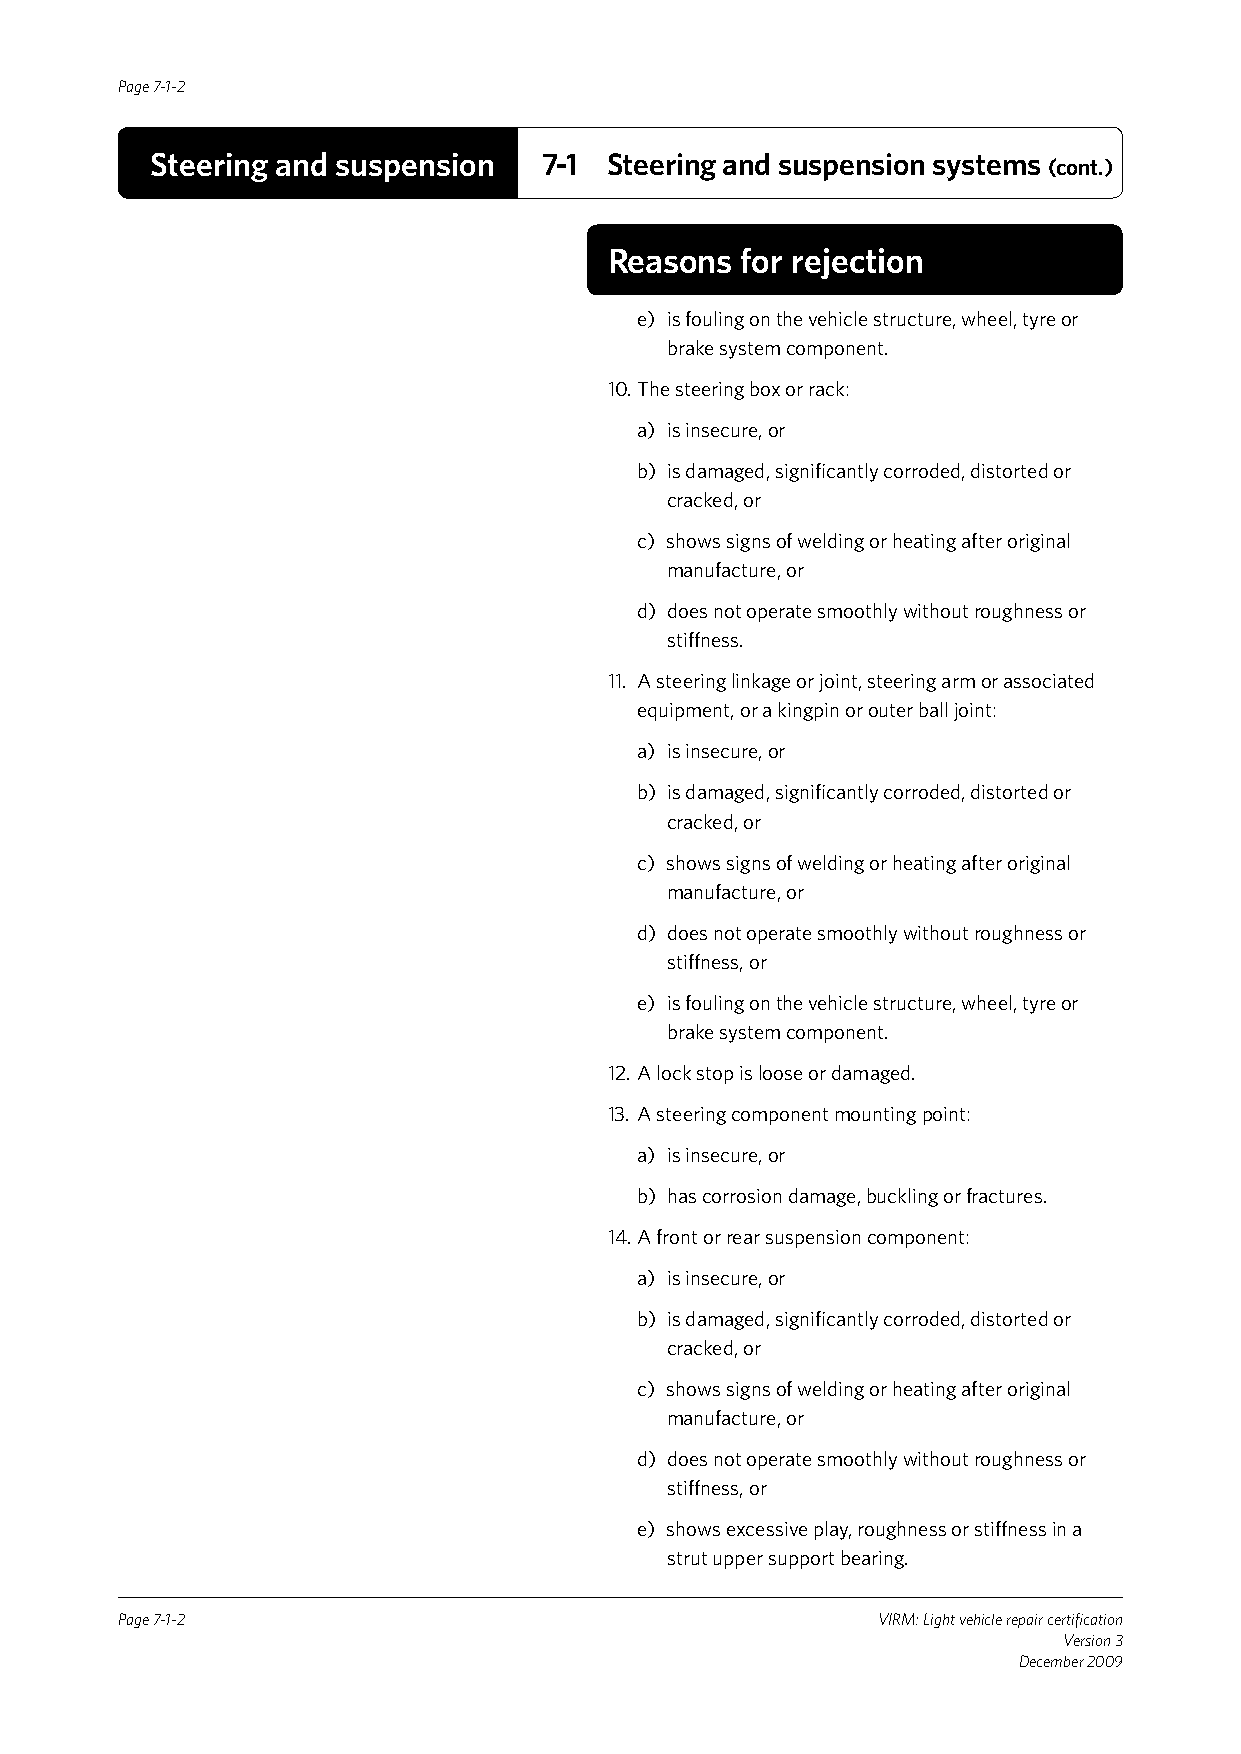
Page 7-1-2
 Steering and suspension   7-1 Steering and suspension systems (cont.)
 Reasons  for rejection
 e) is fouling on the vehicle structure, wheel, tyre or
 brake system component.
 10. The steering box or rack:
 a) is insecure, or
 b) is damaged, significantly corroded, distorted or
 cracked, or
 c) shows signs of welding or heating after original
 manufacture, or
 d) does not operate smoothly without roughness or
 stiffness.
 11. A steering linkage or joint, steering arm or associated
 equipment, or a kingpin or outer ball joint:
 a) is insecure, or
 b) is damaged, significantly corroded, distorted or
 cracked, or
 c) shows signs of welding or heating after original
 manufacture, or
 d) does not operate smoothly without roughness or
 stiffness, or
 e) is fouling on the vehicle structure, wheel, tyre or
 brake system component.
 12. A lock stop is loose or damaged.
 13. A steering component mounting point:
 a) is insecure, or
 b) has corrosion damage, buckling or fractures.
 14. A front or rear suspension component:
 a) is insecure, or
 b) is damaged, significantly corroded, distorted or
 cracked, or
 c) shows signs of welding or heating after original
 manufacture, or
 d) does not operate smoothly without roughness or
 stiffness, or
 e) shows excessive play, roughness or stiffness in a
 strut upper support bearing.
 Page 7-1-2                                        VIRM: Light vehicle repair certification
 Version 3
 December 2009